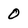
Character: 0